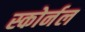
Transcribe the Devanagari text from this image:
स्कोर्नल